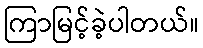
ကြာမြင့်ခဲ့ပါတယ်။